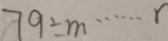
7 9 \div m \cdots r